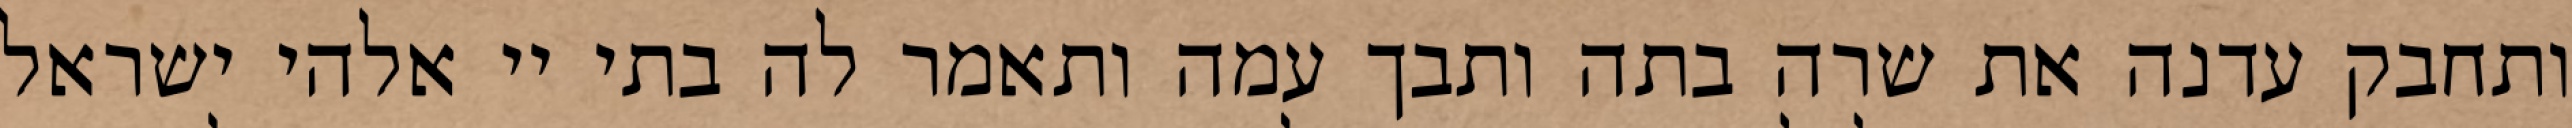
ותחבק עדנה את שרה בתה ותבך עמה ותאמר לה בתי יי אלהי ישראל